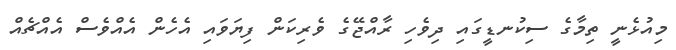
މިއުޅެނީ ތިމާގެ ސިކުނޑީގައި ދިވެހި ރާއްޖޭގެ ވެރިކަން ފިޔަވައި އެހެން އެއްވެސް އެއްޗެއް